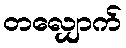
တလျှောက်